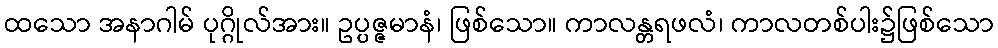
ထသော အနာဂါမ် ပုဂ္ဂိုလ်အား။ ဥပ္ပဇ္ဇမာနံ၊ ဖြစ်သော။ ကာလန္တရဖလံ၊ ကာလတစ်ပါး၌ဖြစ်သော